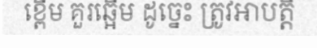
ខ្ពើម គួរឆ្អើម ដូច្នេះ ត្រូវអាបត្តិ